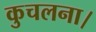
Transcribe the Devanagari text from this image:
कुचलना।